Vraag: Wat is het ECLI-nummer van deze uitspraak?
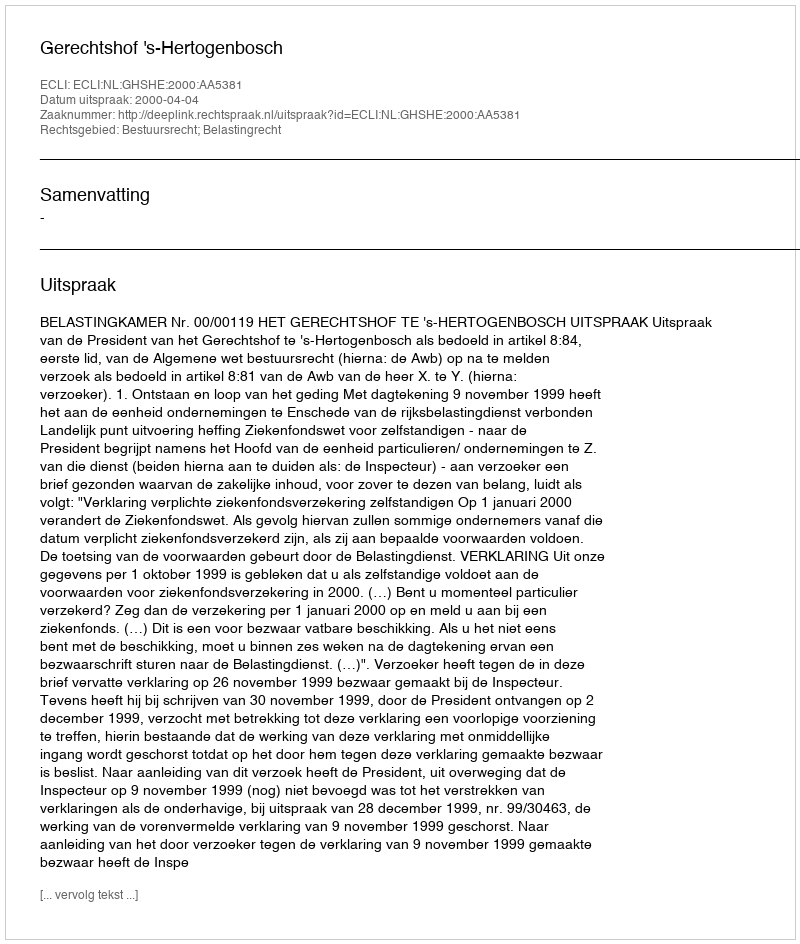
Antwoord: ECLI:NL:GHSHE:2000:AA5381